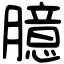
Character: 臆